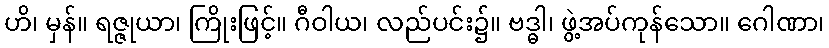
ဟိ၊ မှန်။ ရဇ္ဇုယာ၊ ကြိုးဖြင့်။ ဂီဝါယ၊ လည်ပင်း၌။ ဗဒ္ဓါ၊ ဖွဲ့အပ်ကုန်သော။ ဂေါဏာ၊